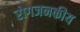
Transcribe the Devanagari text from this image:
रोगजनकीय